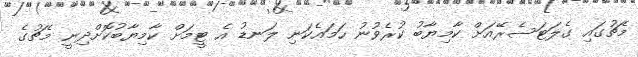
މެޗުގައި ގެލަޓަސެރޭއަށް ކާމިޔާބު ކުރެވުނު ހަމައެކަނި ލަނޑު އެ ޓީމަށް ކާމިޔާބުކޮށްދިނީ މެޗުގެ